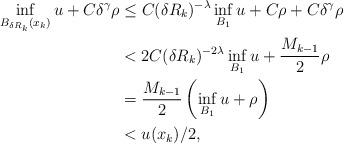
LaTeX: \begin{align*}\inf_{B_{\delta R_k}(x_k)}u+C \delta^{\gamma}\rho&\leq C(\delta R_k)^{-\lambda}\inf_{B_1}u+C\rho+C \delta^{\gamma}\rho\\&< 2C(\delta R_k)^{-2\lambda}\inf_{B_1}u+\frac{M_{k-1}}{2}\rho\\&= \frac{M_{k-1}}{2}\left(\inf_{B_1}u+\rho\right)\\&< u(x_k)/2,\\\end{align*}